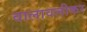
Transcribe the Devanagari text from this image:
वालावलीकर